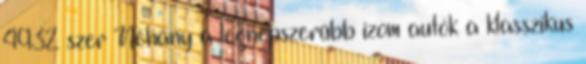
4932 szer Néhány a legnépszerűbb izom autók a klasszikus